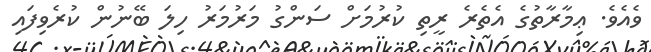
ވެއެވެ. ޢިމާރާތުގެ އެތެރެ ރީތި ކުރުމަށް ސަންގު މަރުމަރު ހިލަ ބޭނުން ކުރެވިފައި